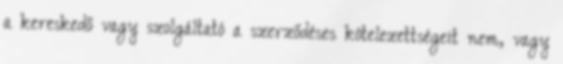
a kereskedő vagy szolgáltató a szerződéses kötelezettségeit nem, vagy